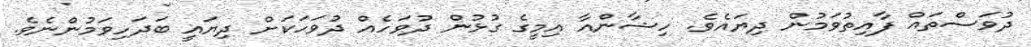
ދުވަސްތައް ފާއިތުވަމުން ދިޔައެވެ. ހިޝާންއާ އިމީގެ ގުޅުން ދުވަހެއް ދުވަހަކަށް ދިޔައީ ބަދަހިވަމުންނެވެ.